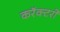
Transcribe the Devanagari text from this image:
करॅक्टरों